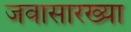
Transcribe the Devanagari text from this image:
जवासारख्या